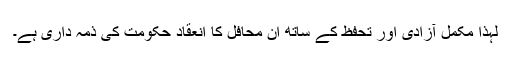
لہذا مکمل آزادی اور تحفظ کے ساتھ ان محافل کا انعقاد حکومت کی ذمہ داری ہے۔